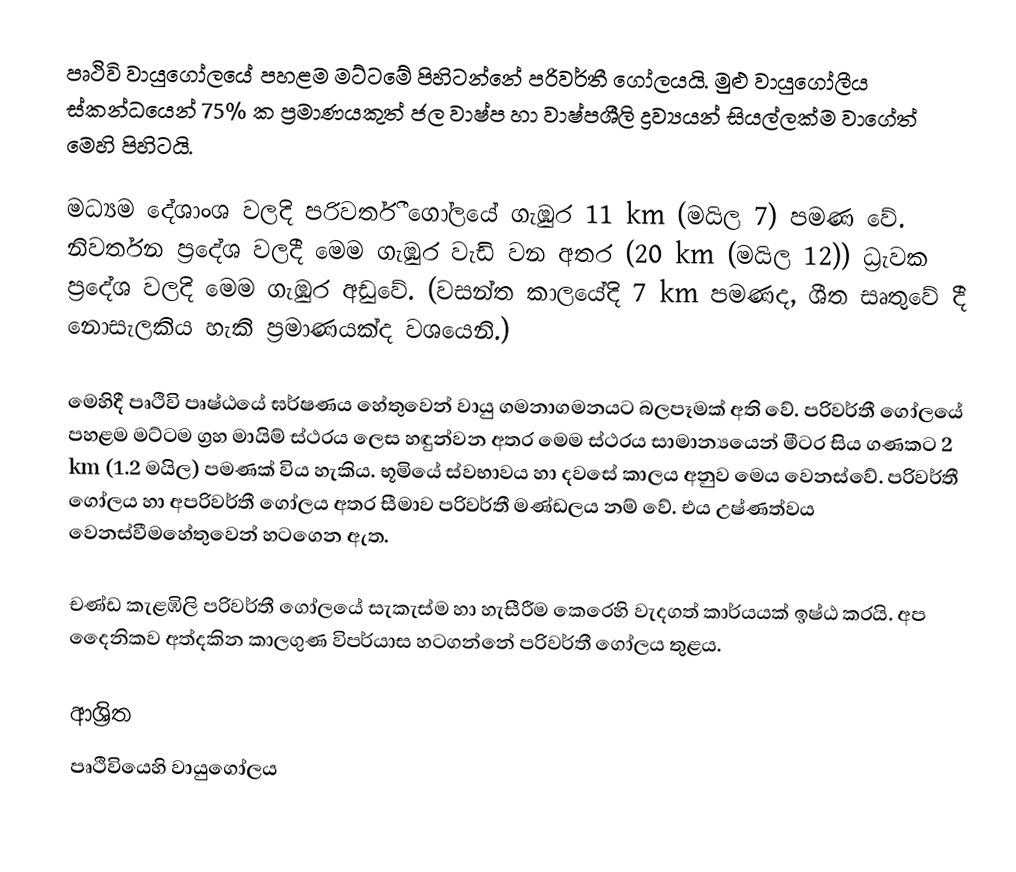
පෘථිවි වායුගෝලයේ පහළම මට්ටමේ පිහිටන්නේ පරිවර්තී ගෝලයයි. මුළු වායුගෝලීය ස්කන්ධයෙන් 75% ක ප්‍රමාණයකුත් ජල වාෂ්ප හා වාෂ්පශීලි ද්‍රව්‍යයන් සියල්ලක්ම වාගේත් මෙහි පිහිටයි.

මධ්‍යම දේශාංශ වලදි පරිවර්තී ගෝලයේ ගැඹුර 11 km (මයිල 7) පමණ වේ. නිවර්තන ප්‍රදේශ වලදී මෙම ගැඹුර වැඩි වන අතර (20 km (මයිල 12)) ධ්‍රැවක ප්‍රදේශ වලදි මෙම ගැඹුර අඩුවේ. (වසන්ත කාලයේදි 7 km පමණද, ශීත සෘතුවේ දී නොසැලකිය හැකි ප්‍රමාණයක්ද වශයෙනි.)

මෙහිදී පෘථිවි පෘෂ්ඨයේ ඝර්ෂණය හේතුවෙන් වායු ගමනාගමනයට බලපෑමක් අති වේ. පරිවර්තී ගෝලයේ පහළම මට්ටම ග්‍රහ මායිම් ස්ථරය ලෙස හඳුන්වන අතර මෙම ස්ථරය සාමාන්‍යයෙන් මීටර සිය ගණකට 2 km (1.2 මයිල) පමණක් විය හැකිය. භූමියේ ස්වභාවය හා දවසේ කාලය අනුව මෙය වෙනස්වේ. පරිවර්තී ගෝලය හා අපරිවර්තී ගෝලය අතර සීමාව පරිවර්තී මණ්ඩලය නම් වේ. එය උෂ්ණත්වය වෙනස්වීම‍හේතුවෙන් හටගෙන ඇත.

චණ්ඩ කැළඹිලි පරිවර්තී ගෝලයේ සැකැස්ම හා හැසීරීම කෙරෙහි වැදගත් කාර්යයක් ඉෂ්ඨ කරයි. අප දෛනිකව අත්දකින කාලගුණ විපර්යාස හටගන්නේ පරිවර්තී ගෝලය තුළය.

ආශ්‍රිත
 පෘථිවියෙහි වායුගෝලය